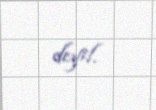
deyil.